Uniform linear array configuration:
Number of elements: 16
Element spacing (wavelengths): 0.5
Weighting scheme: cosine
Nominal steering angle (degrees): -45
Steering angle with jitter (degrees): -45.311
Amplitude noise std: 0.05
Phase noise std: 0.05

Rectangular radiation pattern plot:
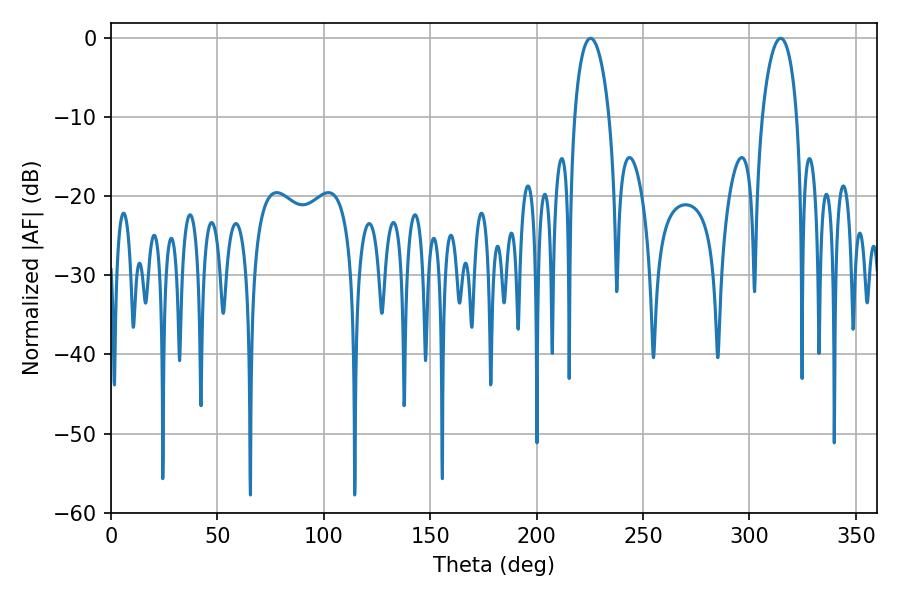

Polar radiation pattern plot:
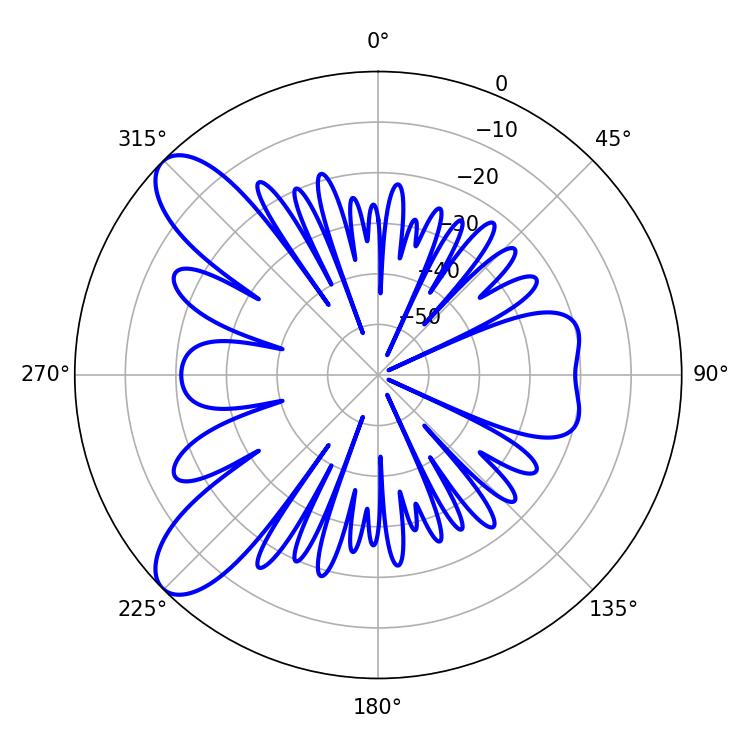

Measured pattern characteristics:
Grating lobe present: FALSE
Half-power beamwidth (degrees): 9.36
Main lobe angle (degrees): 225.36